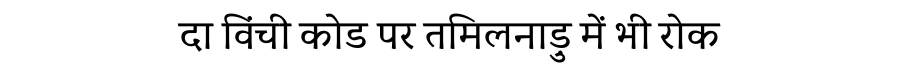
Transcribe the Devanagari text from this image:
दा विंची कोड पर तमिलनाड़ु में भी रोक